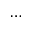
\cdots